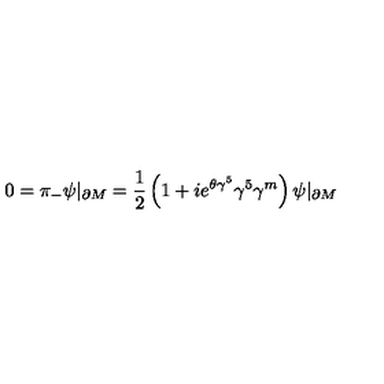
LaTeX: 0 = \pi _ { - } \psi | _ { \partial M } = { \frac { 1 } { 2 } } \left( 1 + i e ^ { \theta \gamma ^ { 5 } } \gamma ^ { 5 } \gamma ^ { m } \right) \psi | _ { \partial M }